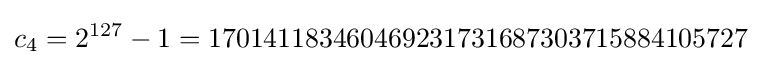
c_{4}=2^{127}-1=170141183460469231731687303715884105727